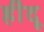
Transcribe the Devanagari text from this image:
हींदू